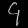
Digit: ၄